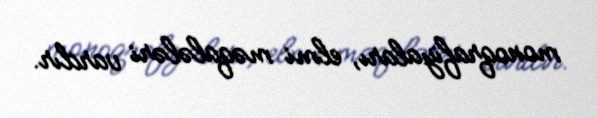
monoqrafiyaları, elmi məqalələri vardır.